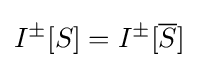
I^{\pm }[S]=I^{\pm }[{\overline {S}}]